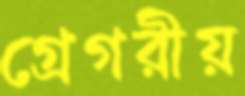
গ্রেগরীয়